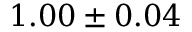
1 . 0 0 \pm 0 . 0 4